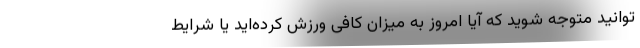
توانید متوجه شوید که آیا امروز به میزان کافی ورزش کرده‌اید یا شرایط